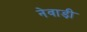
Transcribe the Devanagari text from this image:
नेवाड़ी